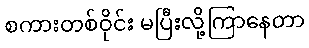
စကားတစ်ဝိုင်း မပြီးလို့ကြာနေတာ